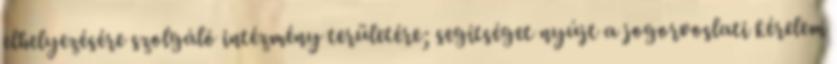
elhelyezésére szolgáló intézmény területére; segítséget nyújt a jogorvoslati kérelem